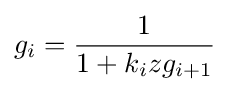
g_{i}={\frac {1}{1+k_{i}zg_{i+1}}}